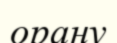
орану